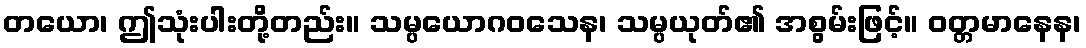
တယော၊ ဤသုံးပါးတို့တည်း။ သမ္ပယောဂဝသေန၊ သမ္ပယုတ်၏ အစွမ်းဖြင့်။ ဝတ္တမာနေန၊